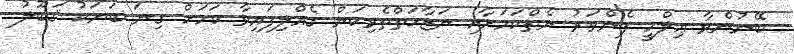
ބޭނުންވާ ޢިލްމީ ފެންވަރު ނެތްކަމަށާއި ނަޒާޙަތްތެރިކަން ގެއްލިފައިވާ ކަމަށް ގިނަ ބަޔަކު ޤަބޫލު